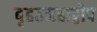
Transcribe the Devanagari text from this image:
बृहतमहाद्वीप